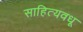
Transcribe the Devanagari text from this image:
साहित्यवधू